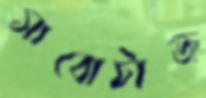
সাবোটাজ